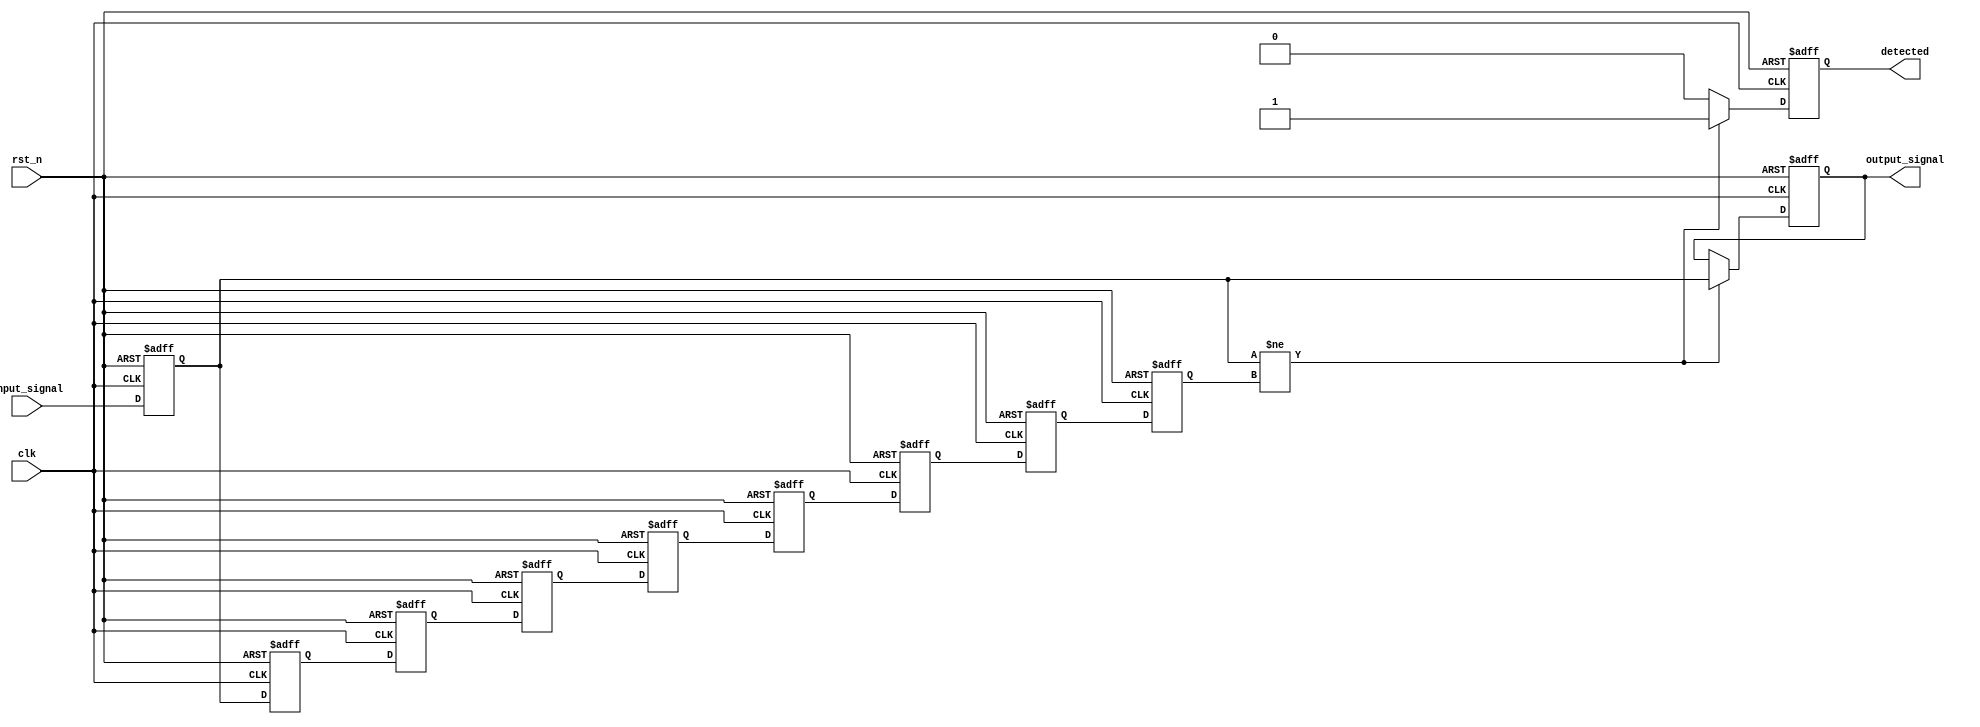
module memory_blocks_sampling_delay_line_detector #(
    parameter DELAY_LINE_LENGTH = 8,  // Number of memory blocks (delay line length)
    parameter DATA_WIDTH = 8           // Width of input data
)(
    input wire clk,                    // System clock
    input wire rst_n,                  // Active-low reset
    input wire [DATA_WIDTH-1:0] input_signal, // Input sampled signal
    output reg [DATA_WIDTH-1:0] output_signal, // Output detected signal
    output reg detected               // Detection flag
);

    // Memory blocks (delay line)
    reg [DATA_WIDTH-1:0] delay_line [0:DELAY_LINE_LENGTH-1];

    // Sample counter to control which memory block the signal goes into
    integer i;

    // Operational variables
    reg [DATA_WIDTH-1:0] current_sample;

    // State machine for detection (basic)
    always @(posedge clk or negedge rst_n) begin
        if (!rst_n) begin
            // Reset logic
            for (i = 0; i < DELAY_LINE_LENGTH; i = i + 1) begin
                delay_line[i] <= 0;
            end
            current_sample <= 0;
            output_signal <= 0;
            detected <= 0;
        end else begin
            // Shift the samples in the delay line
            current_sample <= input_signal;
            delay_line[0] <= current_sample;
            for (i = 1; i < DELAY_LINE_LENGTH; i = i + 1) begin
                delay_line[i] <= delay_line[i-1];
            end
            
            // Example comparator logic: checking against the last memory block
            if (current_sample != delay_line[DELAY_LINE_LENGTH-1]) begin
                detected <= 1; // A change has been detected
                output_signal <= current_sample; // Output the current sample
            end else begin
                detected <= 0; // No change
                output_signal <= output_signal; // Hold the previous output
            end
        end
    end

endmodule